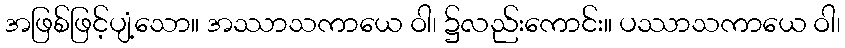
အဖြစ်ဖြင့်ပျံ့သော။ အဿာသကာယေ ဝါ၊ ၌လည်းကောင်း။ ပဿာသကာယေ ဝါ၊